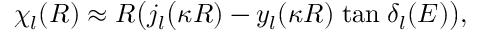
\chi _ { l } ( R ) \approx R \big ( j _ { l } \big ( \kappa R ) - y _ { l } ( \kappa R ) \; \mathrm { t a n } \; \delta _ { l } ( E ) \big ) ,